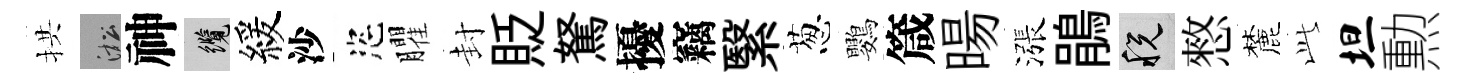
拱淞神纜緩沙恣臞封貶駑擾竊繄葱鸚箴暘漲鵑税憗麓𬼘坦勲